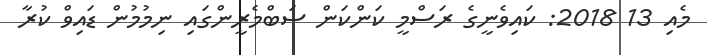
މެއި 13 2018: ކައިވެނީގެ ރަސްމީ ކަންކަން ސަބްމެރީންގައި ނިމުމުން ޑައިވް ކުރާ